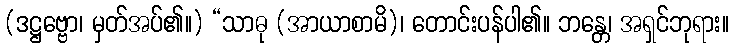
(ဒဋ္ဌဗ္ဗော၊ မှတ်အပ်၏။) “သာဓု (အာယာစာမိ)၊ တောင်းပန်ပါ၏။ ဘန္တေ၊ အရှင်ဘုရား။